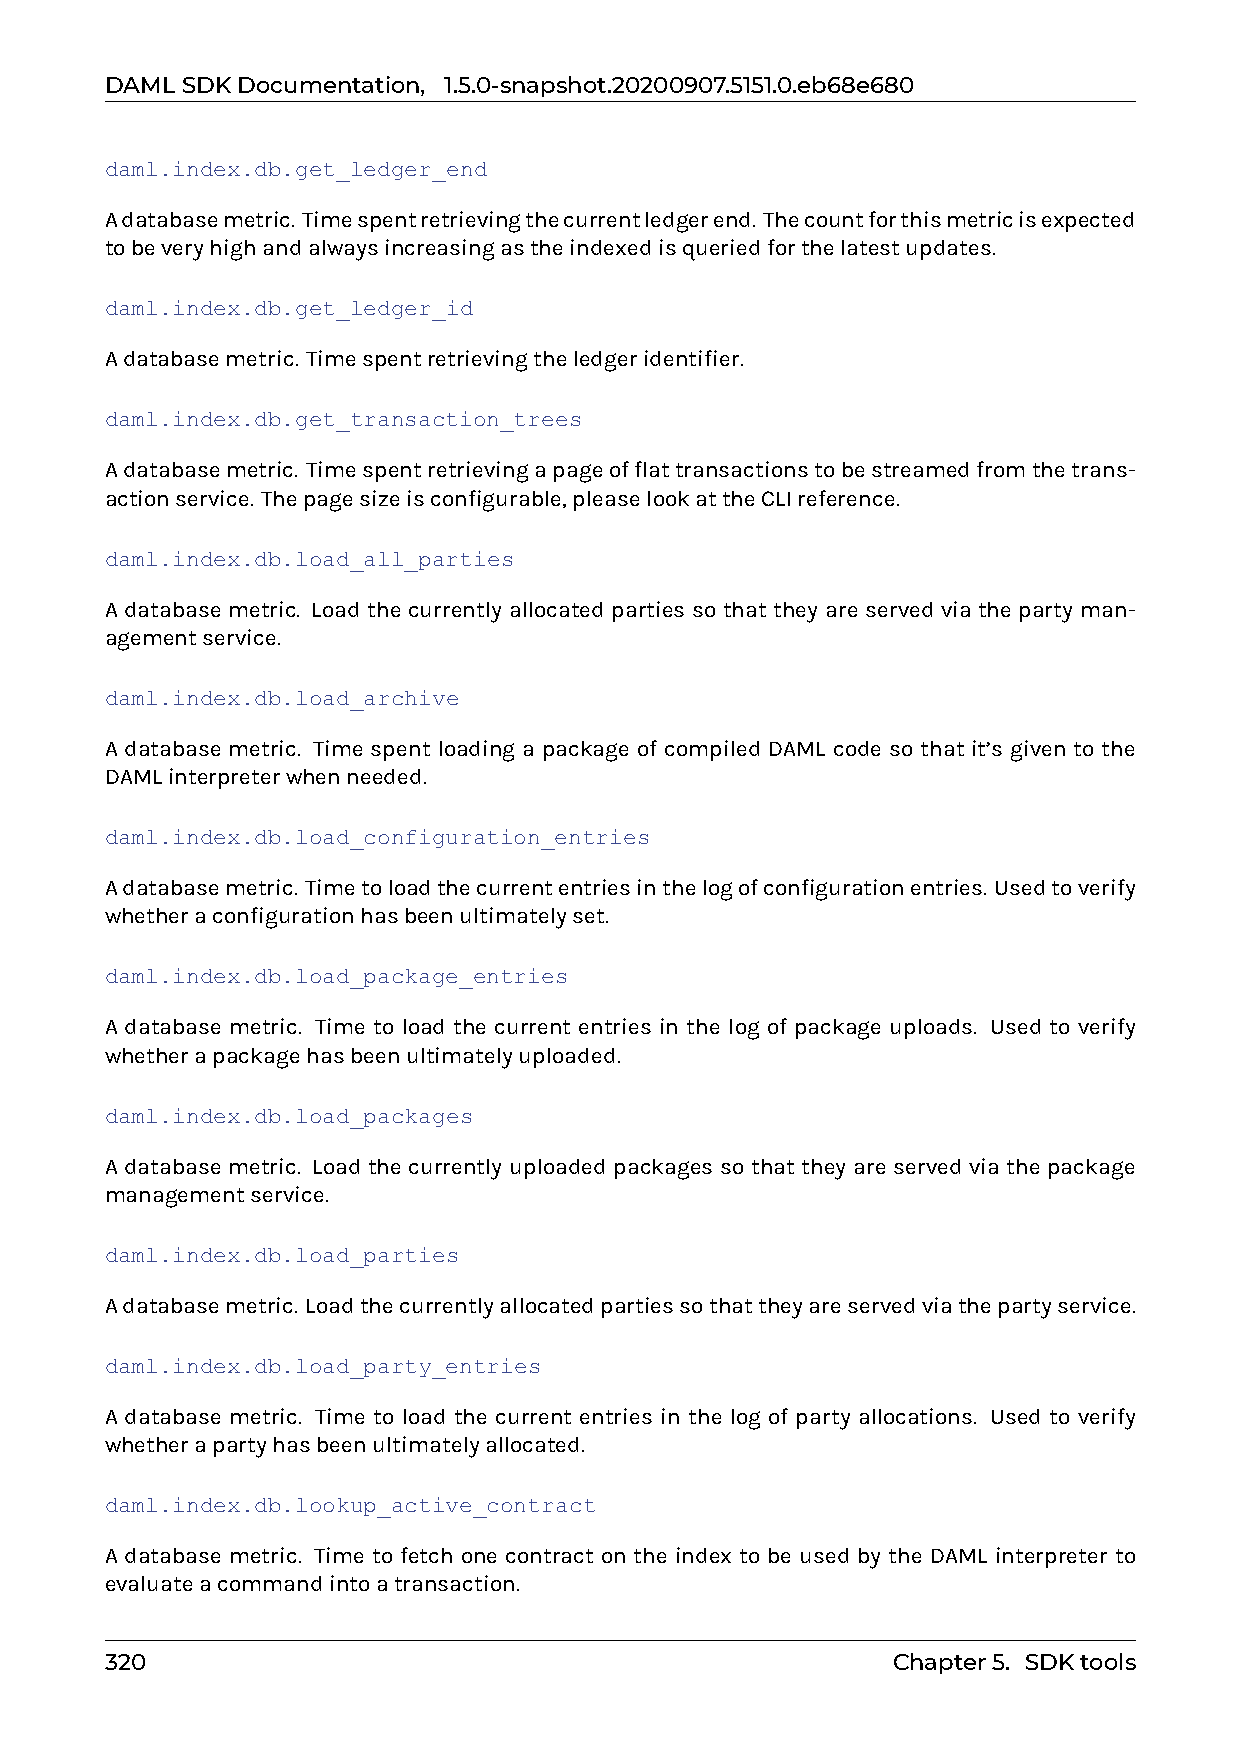
DAMLSDKDocumentation, 1.5.0-snapshot.20200907.5151.0.eb68e680
 daml.index.db.get_ledger_end
 Adatabasemetric. Timespentretrievingthecurrentledgerend. Thecountforthismetricisexpected
 tobeveryhighandalwaysincreasingastheindexedisqueriedforthelatestupdates.
 daml.index.db.get_ledger_id
 Adatabasemetric. Timespentretrievingtheledgeridentifier.
 daml.index.db.get_transaction_trees
 Adatabasemetric. Timespentretrievingapageofflattransactionstobestreamedfromthetrans-
 actionservice. Thepagesizeisconfigurable,pleaselookattheCLIreference.
 daml.index.db.load_all_parties
 A database metric. Load the currently allocated parties so that they are served via the party man-
 agementservice.
 daml.index.db.load_archive
 A database metric. Time spent loading a package of compiled DAML code so that it’s given to the
 DAMLinterpreterwhenneeded.
 daml.index.db.load_configuration_entries
 Adatabasemetric. Timetoloadthecurrententriesinthelogofconfigurationentries. Usedtoverify
 whetheraconfigurationhasbeenultimatelyset.
 daml.index.db.load_package_entries
 A database metric. Time to load the current entries in the log of package uploads. Used to verify
 whetherapackagehasbeenultimatelyuploaded.
 daml.index.db.load_packages
 A database metric. Load the currently uploaded packages so that they are served via the package
 managementservice.
 daml.index.db.load_parties
 Adatabasemetric. Loadthecurrentlyallocatedpartiessothattheyareservedviathepartyservice.
 daml.index.db.load_party_entries
 A database metric. Time to load the current entries in the log of party allocations. Used to verify
 whetherapartyhasbeenultimatelyallocated.
 daml.index.db.lookup_active_contract
 A database metric. Time to fetch one contract on the index to be used by the DAML interpreter to
 evaluateacommandintoatransaction.
 320                                                 Chapter5. SDKtools